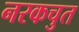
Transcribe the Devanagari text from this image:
नरकचुत